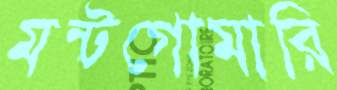
মন্টগোমারি